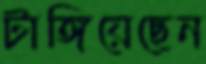
টাঙ্গিয়েছেন